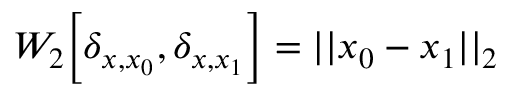
W _ { 2 } \Big [ \delta _ { x , x _ { 0 } } , \delta _ { x , x _ { 1 } } \Big ] = | | x _ { 0 } - x _ { 1 } | | _ { 2 }